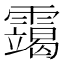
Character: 𫕴